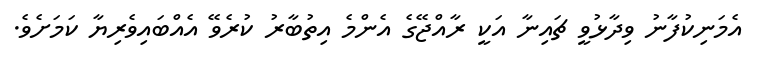
އެމަނިކުފާނު ވިދާޅުވީ ޗައިނާ އަކީ ރާއްޖޭގެ އެންމެ އިތުބާރު ކުރެވޭ އެއްބައިވެރިޔާ ކަމަށެވެ.